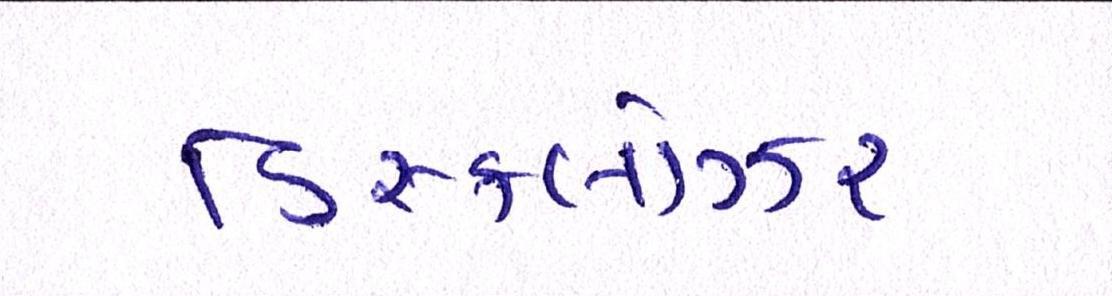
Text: ડિસ્કલોઝર